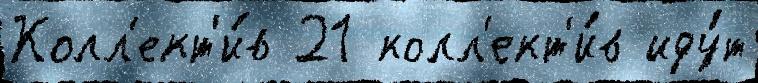
Колл'ект'и́в 21 колл'ект'и́в иду́т